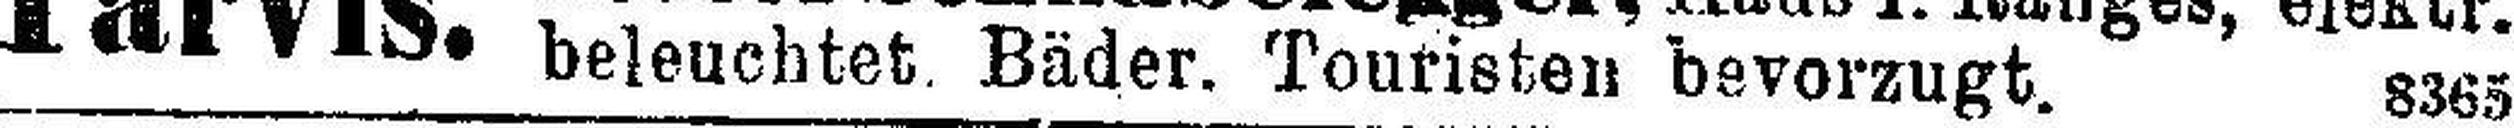
beleuchtet Bäder. Touristen bevorzugt. 8365